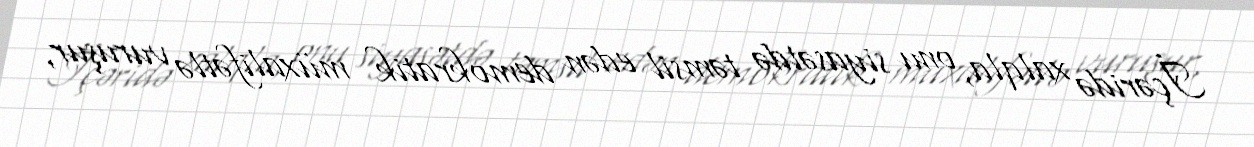
İçəridə xalqla, onu siyasətdə təmsil edən demokratik müxalifətlə vuruşur,